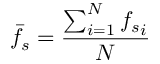
\bar { f _ { s } } = \frac { \sum _ { i = 1 } ^ { N } { f _ { s } } _ { i } } { N }